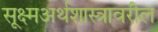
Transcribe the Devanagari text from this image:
सूक्ष्मअर्थशास्त्रावरील